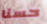
حسنا